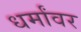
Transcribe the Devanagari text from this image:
धर्मांवर